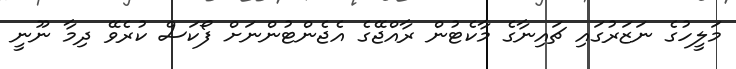
މަލީހުގެ ނަޒަރުގައި ޗައިނާގެ މާކެޓުން ރާއްޖޭގެ އެޖެންޓުންނަށް ފޯކަސް ކުރެވޭ ދިމާ ނޫނީ